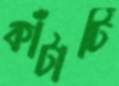
কাঁটাটি